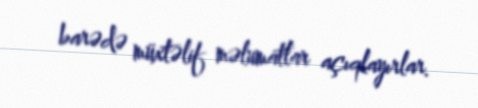
barədə müxtəlif məlumatlar açıqlayırlar.